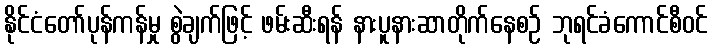
နိုင်ငံတော်ပုန်ကန်မှု စွဲချက်ဖြင့် ဖမ်းဆီးရန် နားပူနားဆာတိုက်နေစဉ် ဘုရင်ခံကောင်စီဝင်